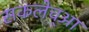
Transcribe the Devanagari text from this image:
सकलेच्आ